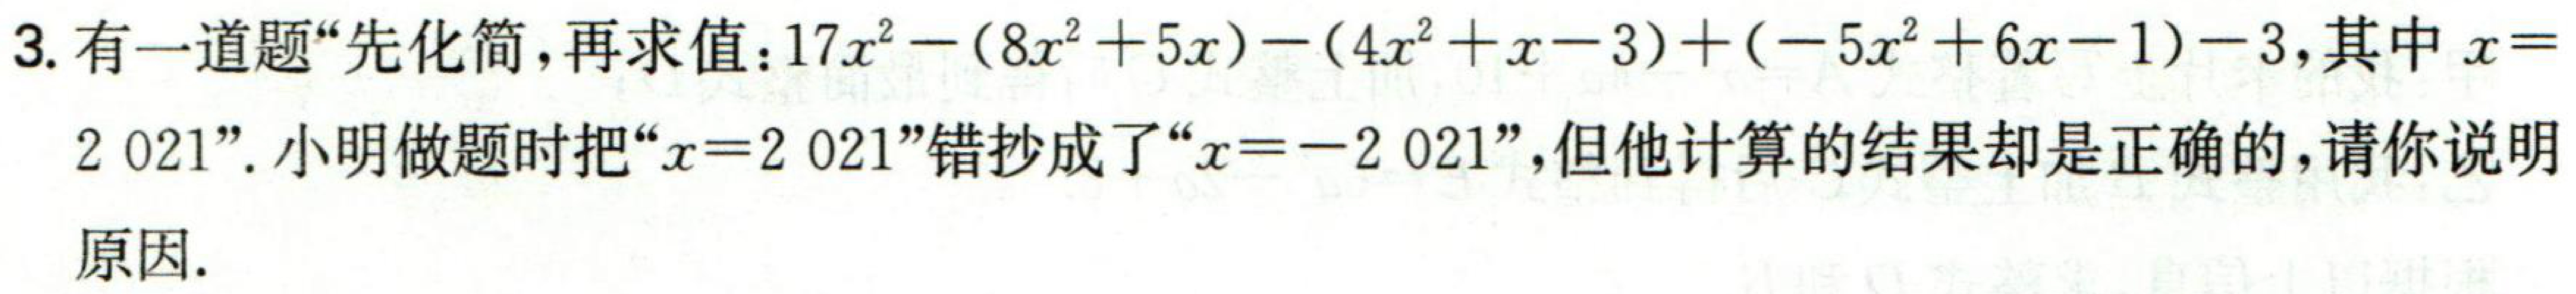
3. 有一道题“先化简，再求值：$17x^{2}-(8x^{2}+5x)-(4x^{2}+x - 3)+(-5x^{2}+6x - 1)-3$，其中$x =
2\,021$”. 小明做题时把“$x = 2\,021$”错抄成了“$x = -2\,021$”，但他计算的结果却是正确的，请你说明
原因.